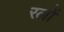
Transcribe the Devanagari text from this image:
रलों